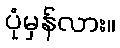
ပုံမှန်လား။